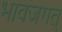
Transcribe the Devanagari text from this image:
भावजगत्